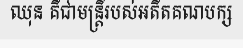
ឈុន គឺជាមន្ត្រីរបស់អតីតគណបក្ស